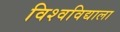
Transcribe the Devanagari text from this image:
विश्वविद्याला